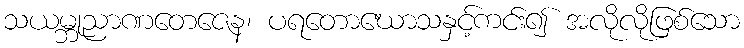
သယမ္ဘုညာဏတေဇေန၊ ပရတောဃောသနှင့်ကင်း၍ အလိုလိုဖြစ်သော